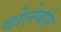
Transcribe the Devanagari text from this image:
वोलेयोर